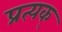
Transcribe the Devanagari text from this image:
प्रत्यक्